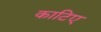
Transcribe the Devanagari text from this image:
काटिए